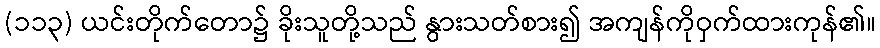
(၁၁၃) ယင်းတိုက်တော၌ ခိုးသူတို့သည် နွားသတ်စား၍ အကျန်ကိုဝှက်ထားကုန်၏။